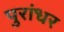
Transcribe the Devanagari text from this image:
पुरांधर